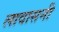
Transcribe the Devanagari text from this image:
लावासनी